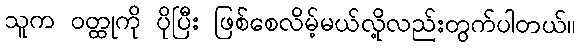
သူက ဝတ္ထုကို ပိုပြီး ဖြစ်စေလိမ့်မယ်လို့လည်းတွက်ပါတယ်။